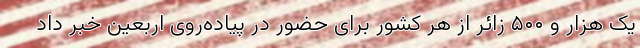
یک هزار و ۵۰۰ زائر از هر کشور برای حضور در پیاده‌روی اربعین خبر داد